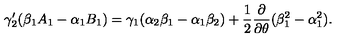
\gamma _ { 2 } ^ { \prime } ( \beta _ { 1 } A _ { 1 } - \alpha _ { 1 } B _ { 1 } ) = \gamma _ { 1 } ( \alpha _ { 2 } \beta _ { 1 } - \alpha _ { 1 } \beta _ { 2 } ) + \frac { 1 } { 2 } \frac { \partial } { \partial \theta } ( \beta _ { 1 } ^ { 2 } - \alpha _ { 1 } ^ { 2 } ) .